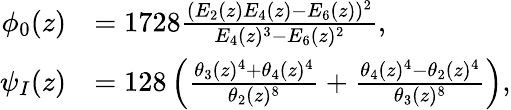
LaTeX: \begin{array}{rl}{\phi_{0}(z)}&{=1728\frac{(E_{2}(z)E_{4}(z)-E_{6}(z))^{2}}{E_{4}(z)^{3}-E_{6}(z)^{2}},}\\ {\psi_{I}(z)}&{=128\left(\frac{\theta_{3}(z)^{4}+\theta_{4}(z)^{4}}{\theta_{2}(z)^{8}}+\frac{\theta_{4}(z)^{4}-\theta_{2}(z)^{4}}{\theta_{3}(z)^{8}}\right),}\end{array}